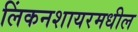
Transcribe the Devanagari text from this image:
लिंकनशायरमधील